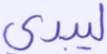
ليبدي